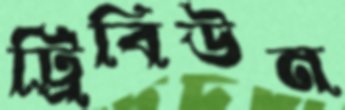
ট্রিবিউন